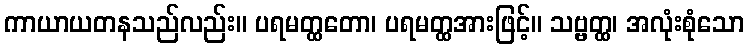
ကာယာယတနသည်လည်း။ ပရမတ္ထတော၊ ပရမတ္ထအားဖြင့်။ သဗ္ဗတ္ထ၊ အလုံးစုံသော